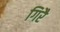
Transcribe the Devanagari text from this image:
गिरै